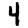
Digit: 4